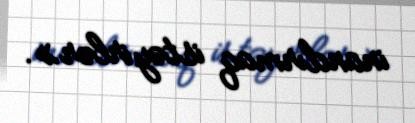
inandırmaq istəyirlər».